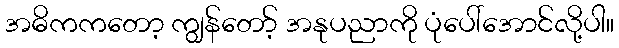
အဓိကကတော့ ကျွန်တော့် အနုပညာကို ပုံပေါ်အောင်လို့ပါ။